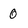
Character: 0